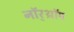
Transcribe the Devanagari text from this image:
नॉर्‌थ्रॉप